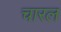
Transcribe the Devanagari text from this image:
चारल